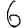
Digit: 6